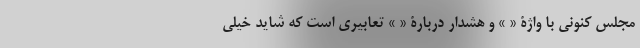
مجلس کنونی با واژۀ « » و هشدار دربارۀ « » تعابیری است که شاید خیلی